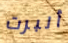
ألبرت